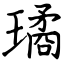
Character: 璚